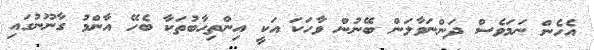
އެހެން ނަމަވެސް ދަންނަވާލަން ބޭނުން ވާހަކަ އަކީ އިންތިހާބުތަކާ ބެހޭ އާންމު ގާނޫނުގައި